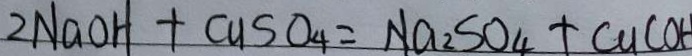
2 N a O H + C u S O _ { 4 } = N a _ { 2 } S O _ { 4 } + C a ( O H